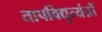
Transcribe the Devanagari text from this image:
तापविद्युत्यंत्रों